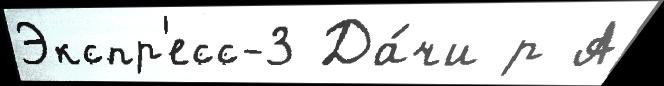
Экспр'есс-3 Да́чи р А